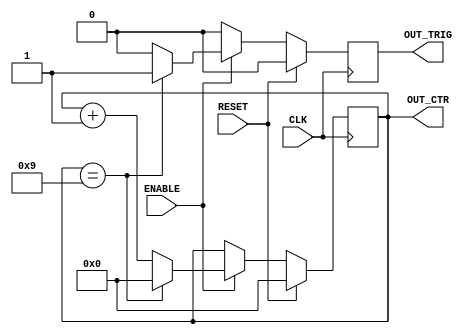
`timescale 1ns / 1ps
//////////////////////////////////////////////////////////////////////////////////
// Company: University of Edinburgh
// 
// Design Name: Processor
// Module Name: Generic_counter
// Project Name: DSL
// Target Devices: Artix-7
// Tool Versions: Vivado 2015
// Description: 
//      A parameterised counter, with an enable bit.
//      Outputing a pulse signal when done.
//      As well as a continuos counter.
// Dependencies: 
// 
// Revision:
// Revision 0.01 - File Created
// Additional Comments:
// 
//////////////////////////////////////////////////////////////////////////////////


module Generic_counter # (
    parameter CTR_WIDTH = 4,
    parameter CTR_MAX = 9
)
(
    input CLK,
    input RESET,
    input ENABLE,
    output OUT_TRIG,
    output [(CTR_WIDTH - 1):0] OUT_CTR
);
    
    reg [(CTR_WIDTH - 1):0] tp_ctr;
    reg tp_trig;
    
    always @(posedge CLK) begin
        if (RESET) begin
            tp_ctr <= 0;
        end
        else begin
            if (ENABLE) begin
                if (tp_ctr == CTR_MAX) begin
                    tp_ctr <= 0;
                end
                else begin
                    tp_ctr <= tp_ctr + 1;
                end
            end
            else begin
                tp_ctr <= tp_ctr;
            end
        end
    end
    
    always @(posedge CLK) begin
        if (RESET) begin
            tp_trig <= 0;
        end
        else begin
            if (ENABLE) begin
                if (tp_ctr == CTR_MAX) begin
                    tp_trig <= 1;
                end
                else begin
                    tp_trig <= 0;
                end
            end
            else begin
                tp_trig <= 0;
            end
        end
    end
    
    assign OUT_CTR = tp_ctr;
    assign OUT_TRIG = tp_trig;
endmodule